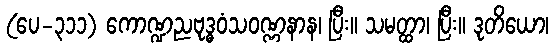
(ပေ-၃၁၁) ကောဏ္ဍညဗုဒ္ဓဝံသဝဏ္ဏနာန၊ ပြီး။ သမတ္ထာ၊ ပြီး။ ဒုတိယော၊